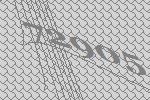
72905